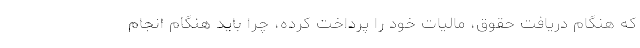
که هنگام دریافت حقوق، مالیات خود را پرداخت کرده، چرا باید هنگام انجام